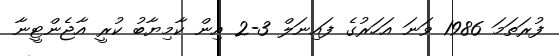
ފުރަތަމަ 1986 ވަނަ އަހަރުގެ ފައިނަލް 3-2 އިން ކާމިޔާބު ކުރީ އާޖެންޓީނާ